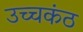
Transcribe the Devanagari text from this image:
उच्चकंठ